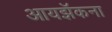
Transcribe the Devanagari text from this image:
आयझॅकना